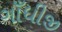
ગાઁધીજી